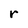
Character: r